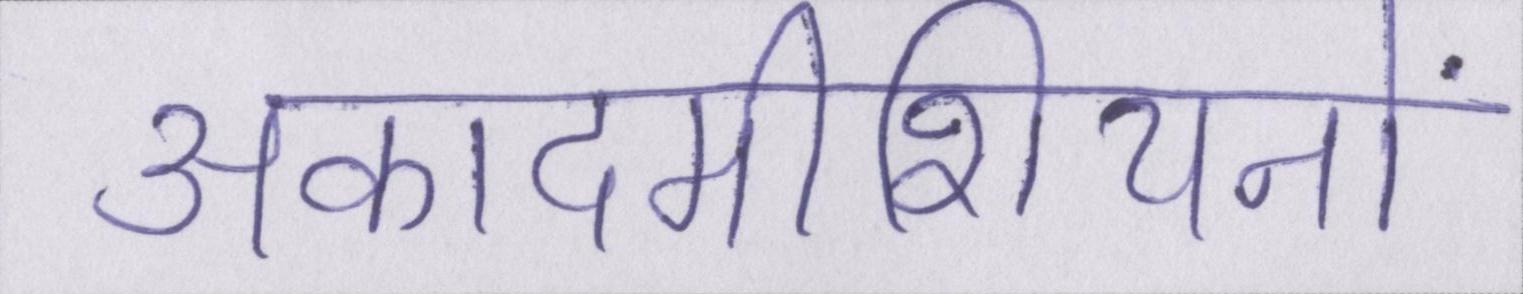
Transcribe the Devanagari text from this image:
अकादमीशियनों